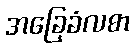
အခြေခံလစာ